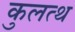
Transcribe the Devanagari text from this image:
कुलत्थ